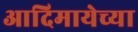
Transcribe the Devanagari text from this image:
आदिमायेच्या